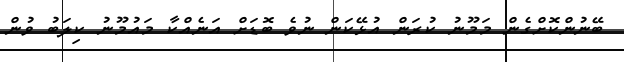
ބޭނުންކޮށްގެން މަމޫނު ކުރަން އުޅޭކަން ނުވެ ބޮޑަށް އަނެއްކާ މައުމޫނު ކިލަބު ވުން